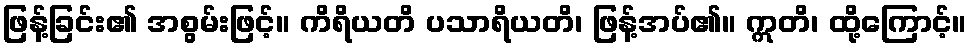
ဖြန့်ခြင်း၏ အစွမ်းဖြင့်။ ကိရိယတိ ပသာရိယတိ၊ ဖြန့်အပ်၏။ ဣတိ၊ ထို့ကြောင့်။